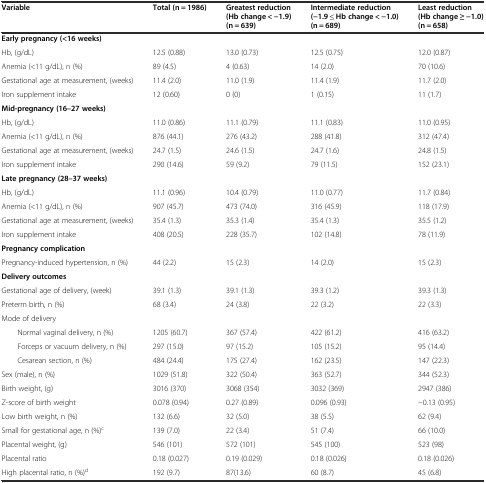
<table><thead><tr><td><b>Variable</b></td><td><b>Total (n = 1986)</b></td><td><b>Greatest reduction (Hb change &lt; −1.9) (n = 639)</b></td><td><b>Intermediate reduction (−1.9 ≤ Hb change &lt; −1.0) (n = 689)</b></td><td><b>Least reduction (Hb change ≥ −1.0) (n = 658)</b></td></tr></thead><tbody><tr><td><b>Early pregnancy (&lt;16 weeks)</b></td><td></td><td></td><td></td><td></td></tr><tr><td>Hb, (g/dL)</td><td>12.5 (0.88)</td><td>13.0 (0.73)</td><td>12.5 (0.75)</td><td>12.0 (0.87)</td></tr><tr><td>Anemia (&lt;11 g/dL), n (%)</td><td>89 (4.5)</td><td>4 (0.63)</td><td>14 (2.0)</td><td>70 (10.6)</td></tr><tr><td>Gestational age at measurement, (weeks)</td><td>11.4 (2.0)</td><td>11.0 (1.9)</td><td>11.4 (1.9)</td><td>11.7 (2.0)</td></tr><tr><td>Iron supplement intake</td><td>12 (0.60)</td><td>0 (0)</td><td>1 (0.15)</td><td>11 (1.7)</td></tr><tr><td><b>Mid-pregnancy (16–27 weeks)</b></td><td></td><td></td><td></td><td></td></tr><tr><td>Hb, (g/dL)</td><td>11.0 (0.86)</td><td>11.1 (0.79)</td><td>11.1 (0.83)</td><td>11.0 (0.95)</td></tr><tr><td>Anemia (&lt;11 g/dL), n (%)</td><td>876 (44.1)</td><td>276 (43.2)</td><td>288 (41.8)</td><td>312 (47.4)</td></tr><tr><td>Gestational age at measurement, (weeks)</td><td>24.7 (1.5)</td><td>24.6 (1.5)</td><td>24.7 (1.6)</td><td>24.8 (1.5)</td></tr><tr><td>Iron supplement intake</td><td>290 (14.6)</td><td>59 (9.2)</td><td>79 (11.5)</td><td>152 (23.1)</td></tr><tr><td><b>Late pregnancy (28–37 weeks)</b></td><td></td><td></td><td></td><td></td></tr><tr><td>Hb, (g/dL)</td><td>11.1 (0.96)</td><td>10.4 (0.79)</td><td>11.0 (0.77)</td><td>11.7 (0.84)</td></tr><tr><td>Anemia (&lt;11 g/dL), n (%)</td><td>907 (45.7)</td><td>473 (74.0)</td><td>316 (45.9)</td><td>118 (17.9)</td></tr><tr><td>Gestational age at measurement, (weeks)</td><td>35.4 (1.3)</td><td>35.3 (1.4)</td><td>35.4 (1.3)</td><td>35.5 (1.2)</td></tr><tr><td>Iron supplement intake</td><td>408 (20.5)</td><td>228 (35.7)</td><td>102 (14.8)</td><td>78 (11.9)</td></tr><tr><td><b>Pregnancy complication</b></td><td></td><td></td><td></td><td></td></tr><tr><td>Pregnancy-induced hypertension, n (%)</td><td>44 (2.2)</td><td>15 (2.3)</td><td>14 (2.0)</td><td>15 (2.3)</td></tr><tr><td><b>Delivery outcomes</b></td><td></td><td></td><td></td><td></td></tr><tr><td>Gestational age of delivery, (week)</td><td>39.1 (1.3)</td><td>39.1 (1.3)</td><td>39.3 (1.2)</td><td>39.3 (1.3)</td></tr><tr><td>Preterm birth, n (%)</td><td>68 (3.4)</td><td>24 (3.8)</td><td>22 (3.2)</td><td>22 (3.3)</td></tr><tr><td>Mode of delivery</td><td></td><td></td><td></td><td></td></tr><tr><td>Normal vaginal delivery, n (%)</td><td>1205 (60.7)</td><td>367 (57.4)</td><td>422 (61.2)</td><td>416 (63.2)</td></tr><tr><td>Forceps or vacuum delivery, n (%)</td><td>297 (15.0)</td><td>97 (15.2)</td><td>105 (15.2)</td><td>95 (14.4)</td></tr><tr><td>Cesarean section, n (%)</td><td>484 (24.4)</td><td>175 (27.4)</td><td>162 (23.5)</td><td>147 (22.3)</td></tr><tr><td>Sex (male), n (%)</td><td>1029 (51.8)</td><td>322 (50.4)</td><td>363 (52.7)</td><td>344 (52.3)</td></tr><tr><td>Birth weight, (g)</td><td>3016 (370)</td><td>3068 (354)</td><td>3032 (369)</td><td>2947 (386)</td></tr><tr><td>Z-score of birth weight</td><td>0.078 (0.94)</td><td>0.27 (0.89)</td><td>0.096 (0.93)</td><td>−0.13 (0.95)</td></tr><tr><td>Low birth weight, n (%)</td><td>132 (6.6)</td><td>32 (5.0)</td><td>38 (5.5)</td><td>62 (9.4)</td></tr><tr><td>Small for gestational age, n (%)<sup>c</sup></td><td>139 (7.0)</td><td>22 (3.4)</td><td>51 (7.4)</td><td>66 (10.0)</td></tr><tr><td>Placental weight, (g)</td><td>546 (101)</td><td>572 (101)</td><td>545 (100)</td><td>523 (98)</td></tr><tr><td>Placental ratio</td><td>0.18 (0.027)</td><td>0.19 (0.029)</td><td>0.18 (0.026)</td><td>0.18 (0.026)</td></tr><tr><td>High placental ratio, n (%)<sup>d</sup></td><td>192 (9.7)</td><td>87(13.6)</td><td>60 (8.7)</td><td>45 (6.8)</td></tr></tbody></table>